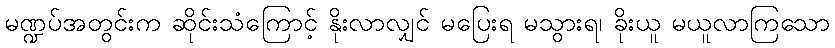
မဏ္ဍပ်အတွင်းက ဆိုင်းသံကြောင့် နိုးလာလျှင် မပြေးရ မသွားရ၊ ခိုးယူ မယူလာကြသော